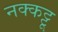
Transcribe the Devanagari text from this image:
नक्कट्टू